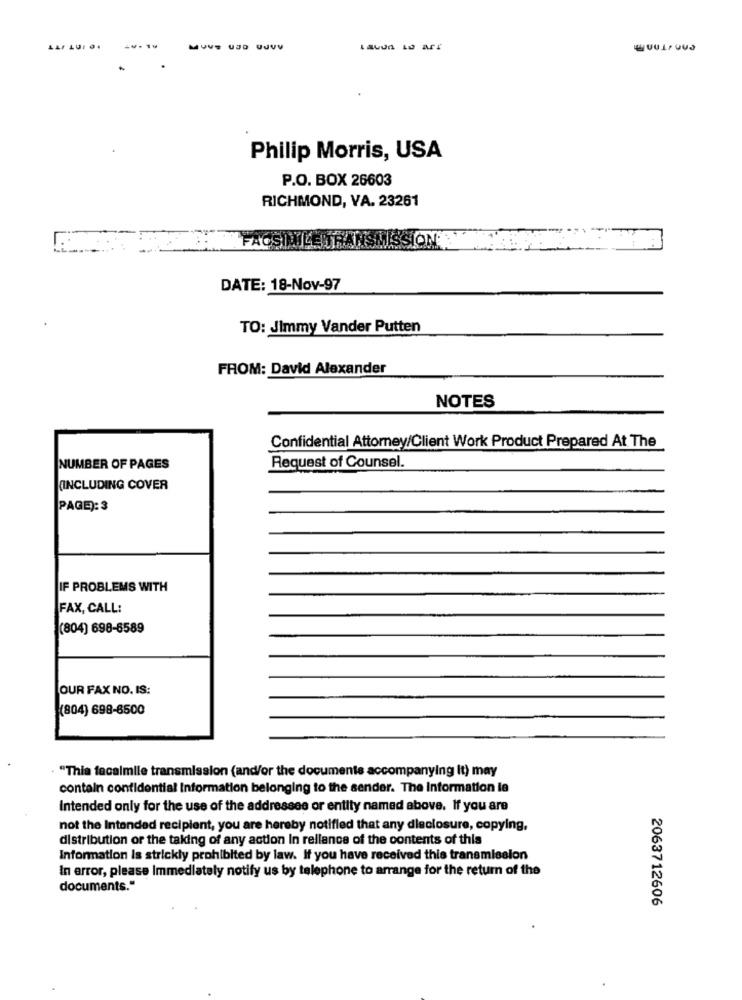
Philip Morris, USA
P.O. BOX 26603
RICHMOND, VA. 23261
FACSIMILER
ON
DATE: 18-Nov-97
TO: Jimmy Vander Putten
FROM: David Alexander
NOTES
Confidential Attorney/Client Work Product Prepared At The
NUMBER OF PAGES
Request of Counsel.
(INCLUDING COVER
PAGE): 3
IF PROBLEMS WITH
FAX, CALL:
(804) 698-6589
OUR FAX NO. IS:
(804) 698-6500
"Thia facalmile transmission (and/or the documents accompanying It) may
contain confidential Information belonging to the sender. The Information le
Intended only for the use of the addressee or entity named above. If you are
not the Intended recipient, you are hereby notified that any disclosure, copying,
distribution or the taking of any action In reliance of the contents of this
Information Is strickly prohibited by law. If you have received this transmission
In error, please Immediately notify us by telephone to arrange for the return of the
documents."
2063712606